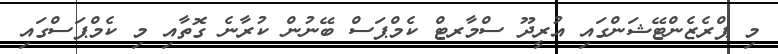
މި ޕްރެޒެންޓޭޝަންގައި އުރީދޫ ސްމާރޓް ކެމްޕަސް ބޭނުުން ކުރާނެ ގޮތާއި މި ކެމްޕަސްގައި